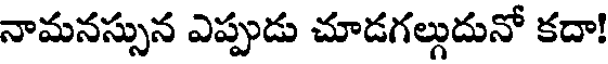
నామనస్సున ఎప్పుడు చూడగల్గుదునో కదా!